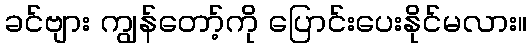
ခင်ဗျား ကျွန်တော့်ကို ပြောင်းပေးနိုင်မလား။